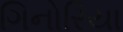
ગિનોરિયા